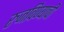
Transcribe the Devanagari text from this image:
रुजविण्याची